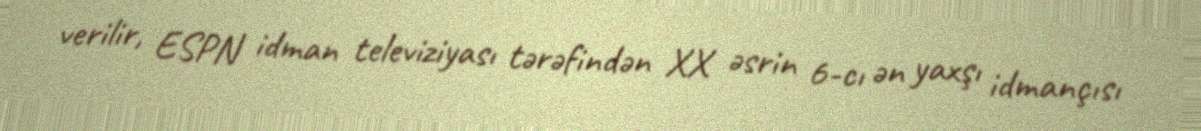
verilir, ESPN idman televiziyası tərəfindən XX əsrin 6-cı ən yaxşı idmançısı